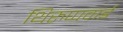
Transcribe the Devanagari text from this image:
थिरुप्पवाई